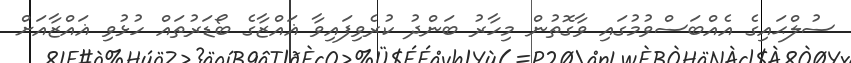
ސުލްޙައިގެ އެއްބަސްވުމުގައި ވާގޮތުން މިހާރު ބަންދު ކުރެވިފައިވާ ޣައްޒާގެ ބޯޑަރުތައް ހުޅުވި ޣައްޒާއަށް